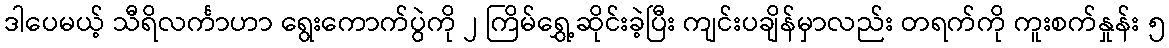
ဒါပေမယ့် သီရိလင်္ကာဟာ ရွေးကောက်ပွဲကို ၂ ကြိမ်ရွှေ့ဆိုင်းခဲ့ပြီး ကျင်းပချိန်မှာလည်း တရက်ကို ကူးစက်နှုန်း ၅